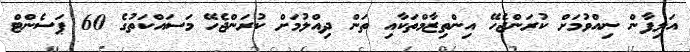
އަލިފާން ނިއްވުމަށް ކުރަންޖެހޭ އިންތިޒާމްތަކާއި ތަން ދިއްލުމަށް ކުރަންޖެހޭ މަސައްކަތުގެ 60 ޕަސެންޓް